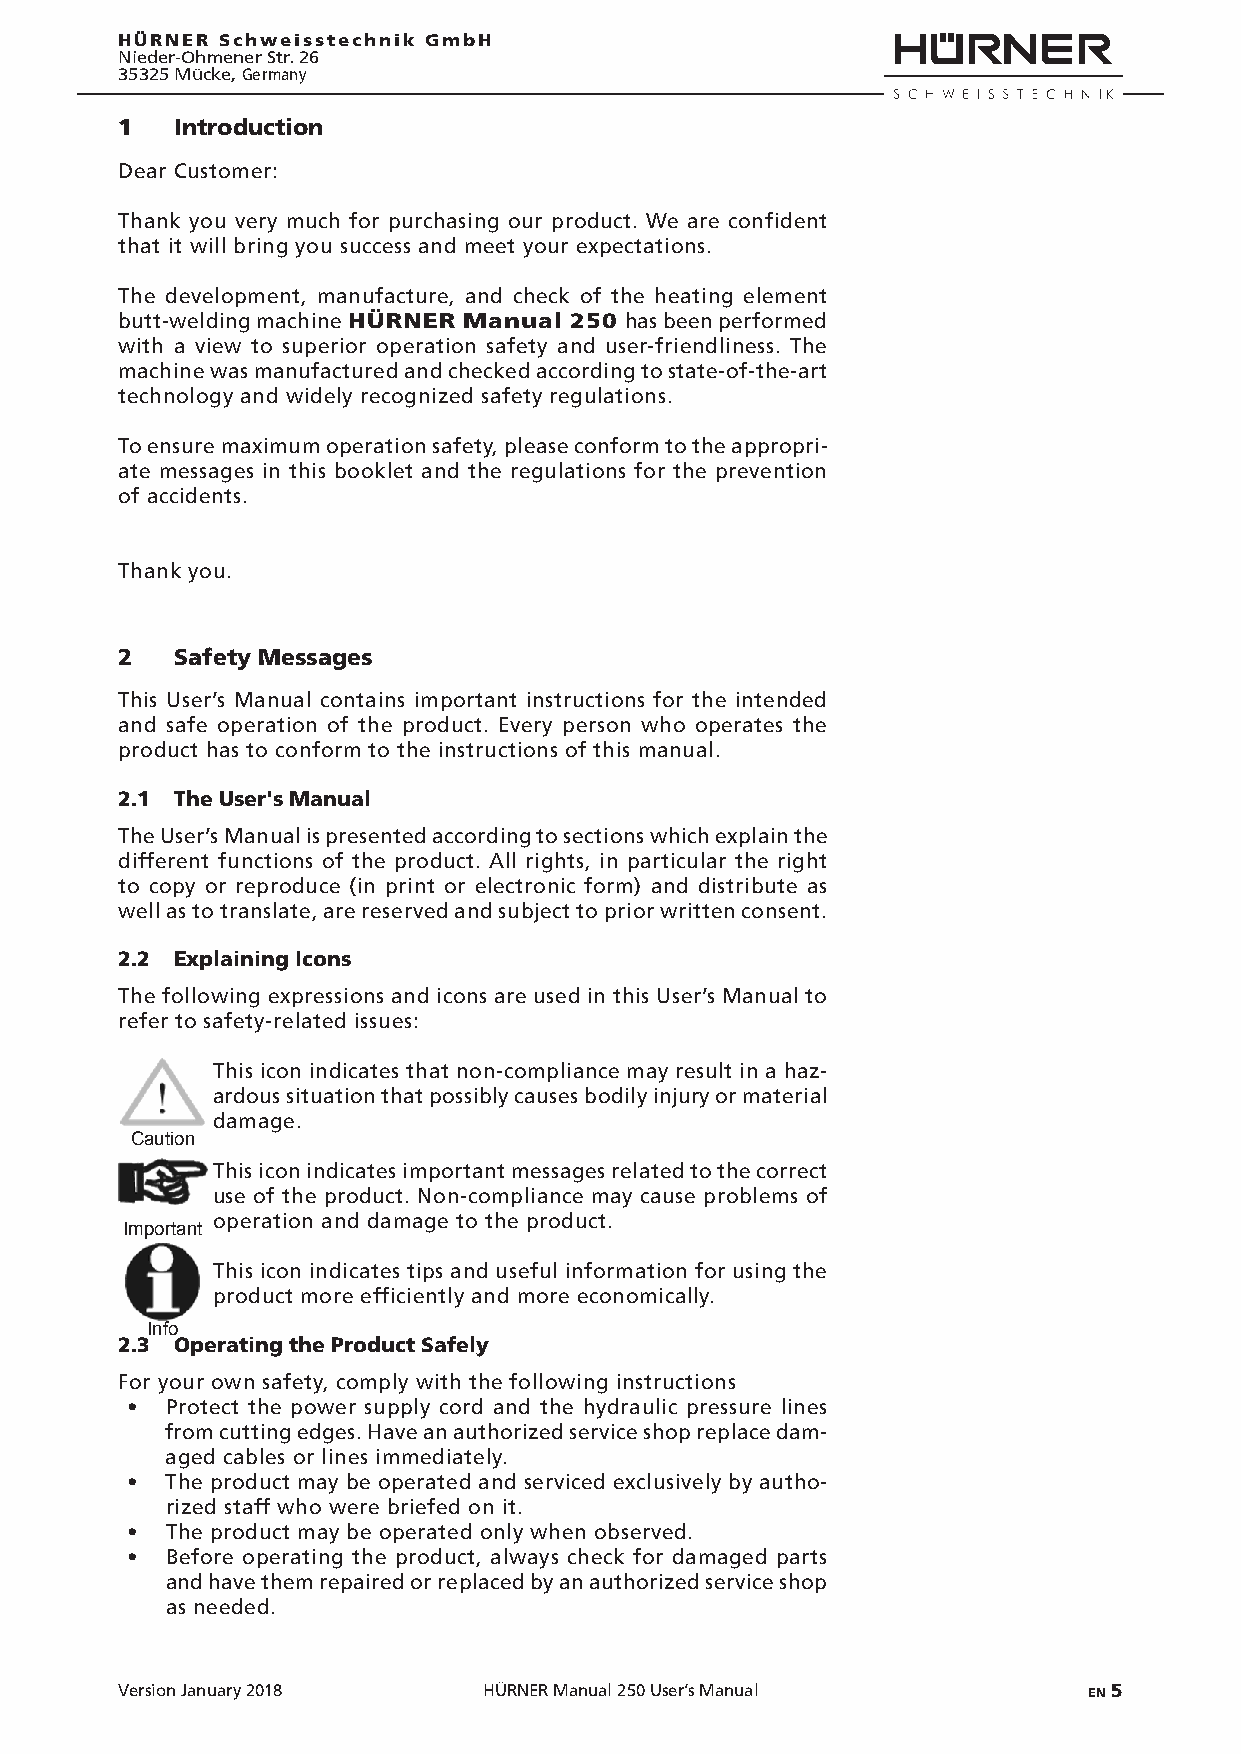
HÜRNER Schweisstechnik GmbH
 Nieder-Ohmener Str. 26
 35325 Mücke, Germany
 1   Introduction
 Dear Customer:
 Thank you very much for purchasing our product. We are confident
 that it will bring you success and meet your expectations.
 The development, manufacture, and check of the heating element
 butt-welding machine HÜRNER Manual 250 has been performed
 with a view to superior operation safety and user-friendliness. The
 machine was manufactured and checked according to state-of-the-art
 technology and widely recognized safety regulations.
 To ensure maximum operation safety, please conform to the appropri-
 ate messages in this booklet and the regulations for the prevention
 of accidents.
 Thank you.
 2   Safety Messages
 This User’s Manual contains important instructions for the intended
 and safe operation of the product. Every person who operates the
 product has to conform to the instructions of this manual.
 2.1 The User's Manual
 The User’s Manual is presented according to sections which explain the
 different functions of the product. All rights, in particular the right
 to copy or reproduce (in print or electronic form) and distribute as
 well as to translate, are reserved and subject to prior written consent.
 2.2 Explaining Icons
 The following expressions and icons are used in this User’s Manual to
 refer to safety-related issues:
 This icon indicates that non-compliance may result in a haz-
 ardous situation that possibly causes bodily injury or material
 damage.
 Caution
 This icon indicates important messages related to the correct
 use of the product. Non-compliance may cause problems of
 operation and damage to the product.
 Important
 This icon indicates tips and useful information for using the
 product more efficiently and more economically.
 Info
 2.3 Operating the Product Safely
 For your own safety, comply with the following instructions
 •  Protect the power supply cord and the hydraulic pressure lines
 from cutting edges. Have an authorized service shop replace dam-
 aged cables or lines immediately.
 •  The product may be operated and serviced exclusively by autho-
 rized staff who were briefed on it.
 •  The product may be operated only when observed.
 •  Before operating the product, always check for damaged parts
 and have them repaired or replaced by an authorized service shop
 as needed.
 Version January 2018    HÜRNER Manual 250 User’s Manual         EN 5